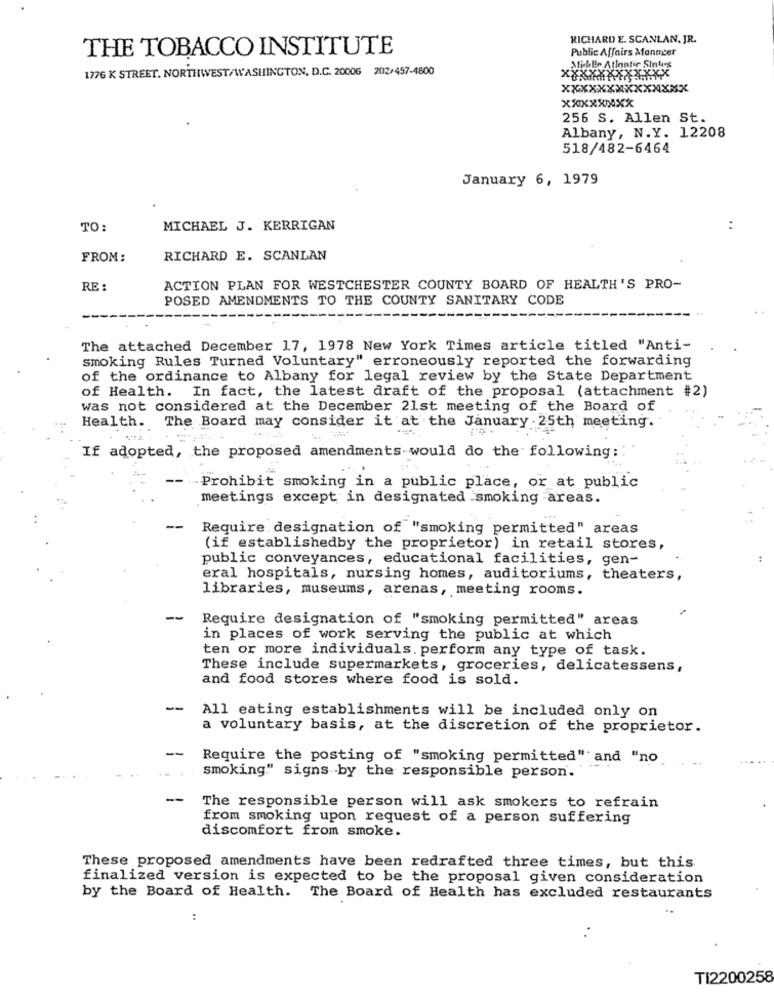
RICHARD E. SCANLAN. JR.
THE TOBACCO INSTITUTE
Public Affairs Manager
1776 K STREET. NORTHWEST/WASHINGTON, D.C. 20006 2012/457-4600
Miblir Atlantic Sinles
XXXXXXXXXXXXXX
XXXXXXXX
256 S. Allen St.
Albany, N.Y. 12208
518/482-6464
January 6, 1979
TO:
MICHAEL J. KERRIGAN
FROM:
RICHARD E. SCANLAN
RE :
ACTION PLAN FOR WESTCHESTER COUNTY BOARD OF HEALTH'S PRO-
POSED AMENDMENTS TO THE COUNTY SANITARY CODE
The attached December 17, 1978 New York Times article titled "Anti-
smoking Rules Turned Voluntary" erroneously reported the forwarding
of the ordinance to Albany for legal review by the State Department
of Health. In fact, the latest draft of the proposal (attachment #2)
was not considered at the December 21st meeting of the Board of
Health. The Board may consider it at the January .25th meeting.
If adopted, the proposed amendments-would do the following:
- Prohibit smoking in a public place, or at public
meetings except in designated smoking areas.
--
Require designation of "smoking permitted" areas
(if establishedby the proprietor) in retail stores,
public conveyances, educational facilities, gen-
eral hospitals, nursing homes, auditoriums, theaters,
libraries, museums, arenas, meeting rooms.
--
Require designation of "smoking permitted" areas
in places of work serving the public at which
ten or more individuals. perform any type of task.
These include supermarkets, groceries, delicatessens,
and food stores where food is sold.
--
All eating establishments will be included only on
a voluntary basis, at the discretion of the proprietor.
-
Require the posting of "smoking permitted" and "no.
smoking." signs -by the responsible person.
--
The responsible person will ask smokers to refrain
from smoking upon request of a person suffering
discomfort from smoke.
These proposed amendments have been redrafted three times, but this.
finalized version is expected to be the proposal given consideration
by the Board of Health. The Board of Health has excluded restaurants
TI2200258